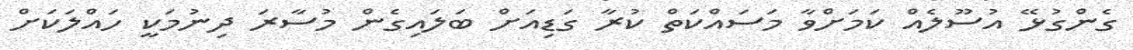
ގެންގުޅޭ އުސޫލެއް ކަމަށްވާ މަސައްކަތް ކުރާ ގަޑިއަށް ބަލައިގެން މުސާރަ ދިނުމަކީ ހައްލަކަށް